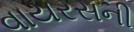
વાયરસની